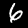
Label: 6